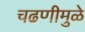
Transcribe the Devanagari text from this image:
चढणीमुळे